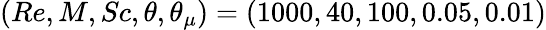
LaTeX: (Re,M,Sc,\theta,\theta_{\mu})=(1000,40,100,0.05,0.01)